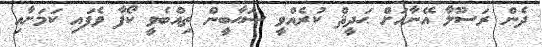
ދެން ރަސޫލާ އޭނާއަށް ޙަދީޘް ކުރެއްވީ ޞަޙާބީން ތިއްބެވީ ކޯފާ ވެފައި ކަމަށާއި